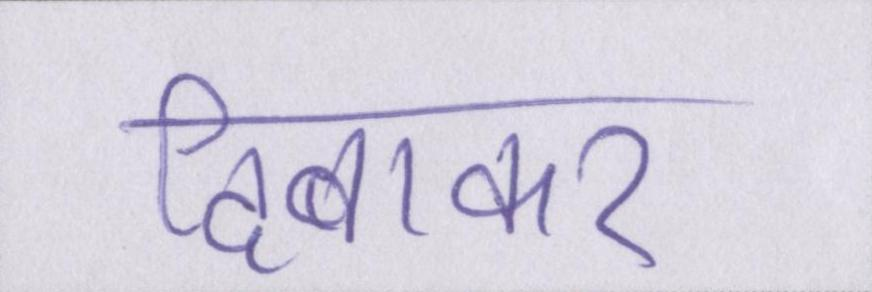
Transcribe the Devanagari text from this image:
दिबाकर